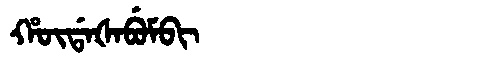
Manchu: ᡥᡡᡩᠠᡧᠠᠪᡠᠮᠪᡳ
Romanization: HŪDAŠABUMBI